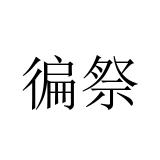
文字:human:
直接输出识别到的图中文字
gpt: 徧祭